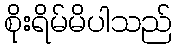
စိုးရိမ်မိပါသည်